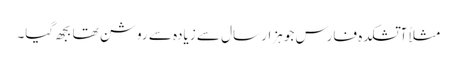
مثلاً آتشکدہ فارس جو ہزار سال سے زیادہ سے روشن تھا بجھ گیا۔